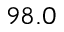
9 8 . 0